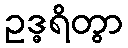
ဥဒ္ဓရိတွာ